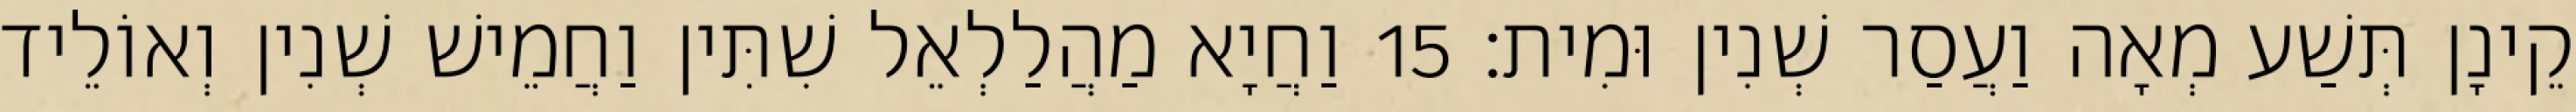
קֵינָן תְּשַׁע מְאָה וַעֲסַר שְׁנִין וּמִית׃ 15 וַחֲיָא מַהֲלַלְאֵל שִׁתִּין וַחֲמֵישׁ שְׁנִין וְאוֹלֵיד